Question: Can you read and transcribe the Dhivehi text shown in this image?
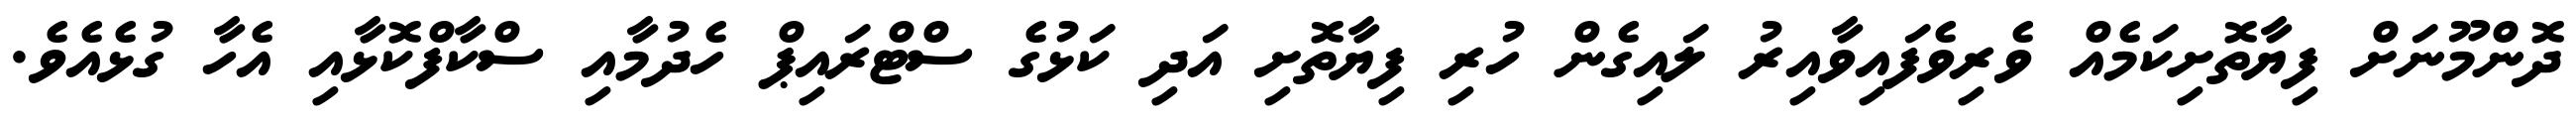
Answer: ދޮންމޫނަށް ފިޔާތޮށިކަމެއް ވެރިވެފައިވާއިރު ލައިގެން ހުރި ފިޔާތޮށި އަދި ކަޅުގެ ސްޓްރައިޕް ހެދުމާއި ސްކާފްކޮޅާއި އެހާ ގުޅެއެވެ.